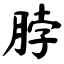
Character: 脖